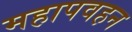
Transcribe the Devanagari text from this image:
महापवहन